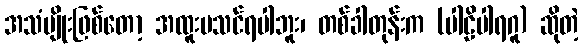
အသံမျိုးဖြစ်တော့ အထူးမသင်ရပါဘူး၊ တစ်ခါတုန်းက (ပါဠိပါရဂူ) ဆိုတဲ့